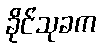
ခိုင်သုခက